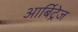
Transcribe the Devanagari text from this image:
आर्बिट्रेज